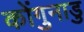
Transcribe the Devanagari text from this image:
कोंगुनाडु